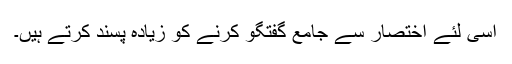
اسی لئے اختصار سے جامع گفتگو کرنے کو زیادہ پسند کرتے ہیں۔